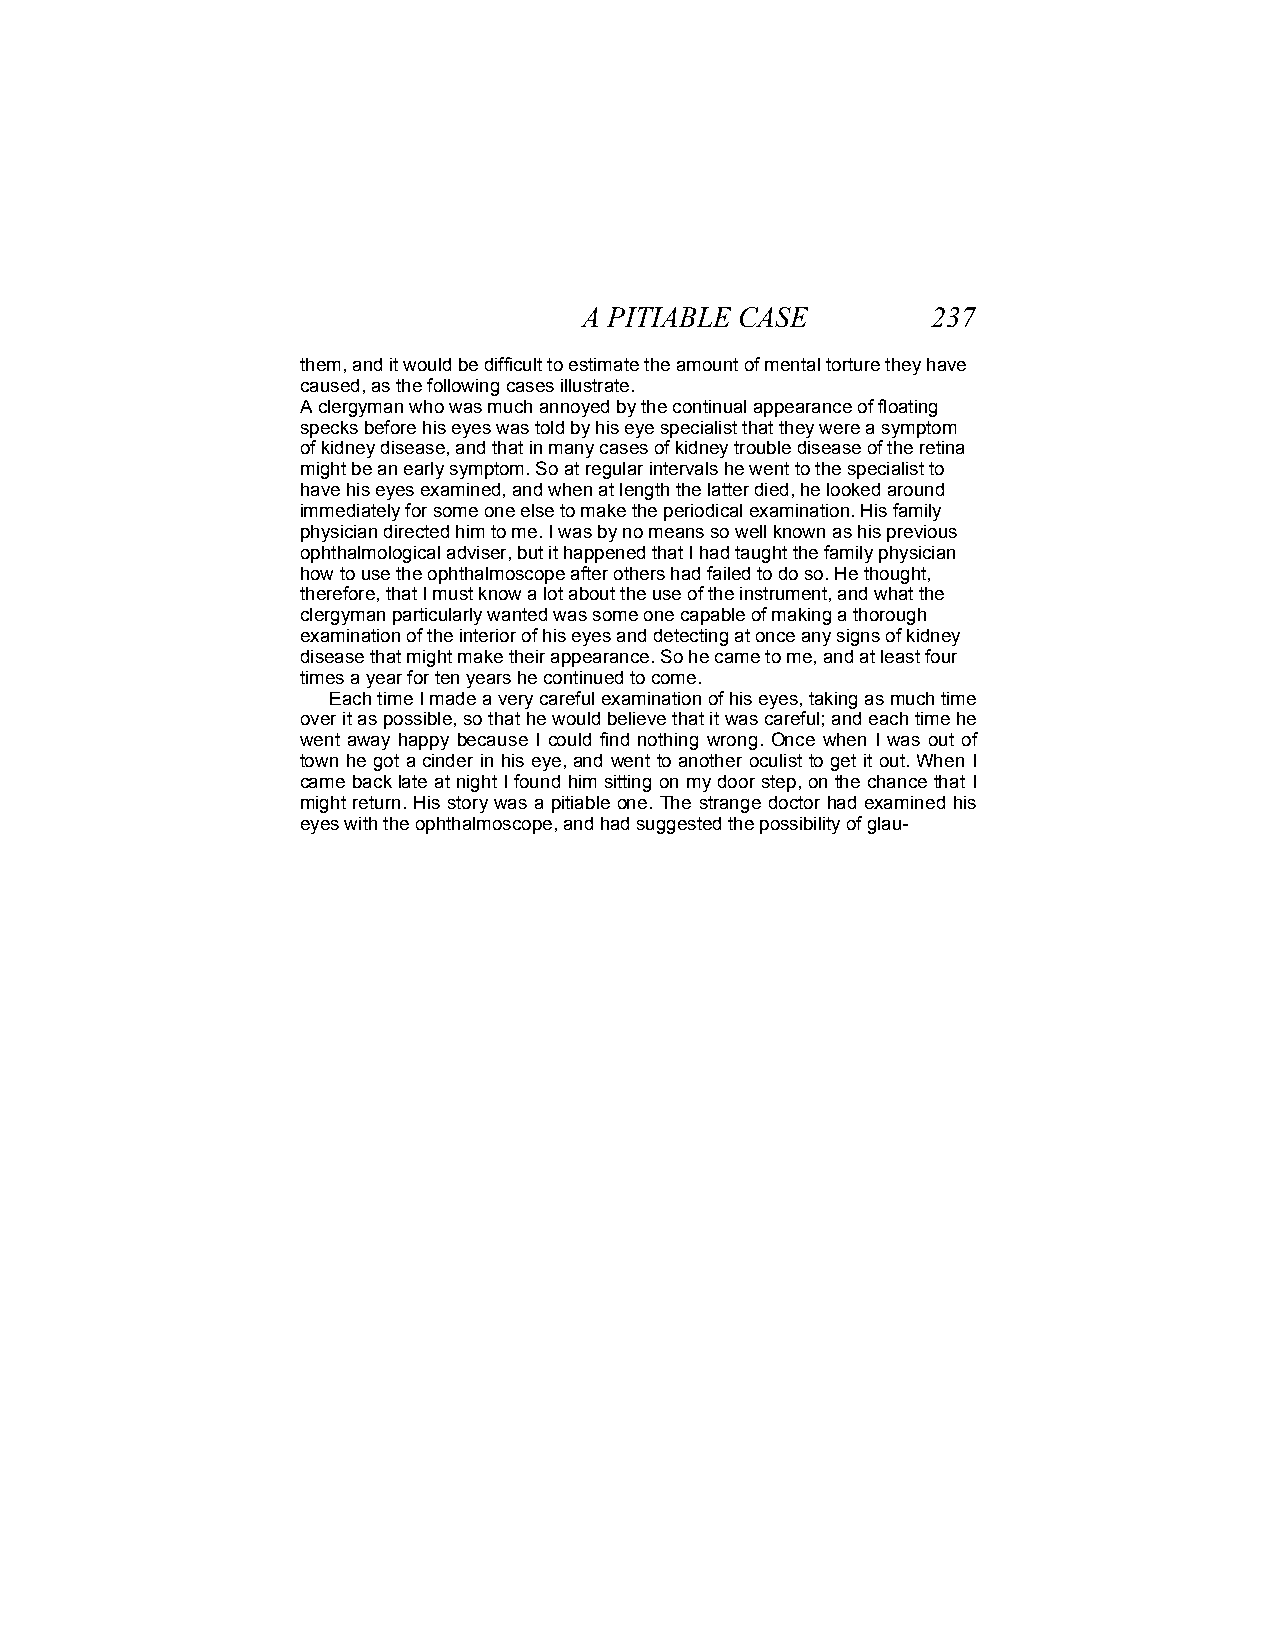
A PITIABLE CASE        237
 them, and it would be difficult to estimate the amount of mental torture they have
 caused, as the following cases illustrate.
 A clergyman who was much annoyed by the continual appearance of floating
 specks before his eyes was told by his eye specialist that they were a symptom
 of kidney disease, and that in many cases of kidney trouble disease of the retina
 might be an early symptom. So at regular intervals he went to the specialist to
 have his eyes examined, and when at length the latter died, he looked around
 immediately for some one else to make the periodical examination. His family
 physician directed him to me. I was by no means so well known as his previous
 ophthalmological adviser, but it happened that I had taught the family physician
 how to use the ophthalmoscope after others had failed to do so. He thought,
 therefore, that I must know a lot about the use of the instrument, and what the
 clergyman particularly wanted was some one capable of making a thorough
 examination of the interior of his eyes and detecting at once any signs of kidney
 disease that might make their appearance. So he came to me, and at least four
 times a year for ten years he continued to come.
 Each time I made a very careful examination of his eyes, taking as much time
 over it as possible, so that he would believe that it was careful; and each time he
 went away happy because I could find nothing wrong. Once when I was out of
 town he got a cinder in his eye, and went to another oculist to get it out. When I
 came back late at night I found him sitting on my door step, on the chance that I
 might return. His story was a pitiable one. The strange doctor had examined his
 eyes with the ophthalmoscope, and had suggested the possibility of glau-